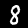
Label: 8